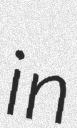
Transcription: in